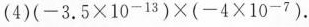
(4)$$( - 3 . 5 × 1 0 ^ { - 1 3 } ) × ( - 4 × 1 0 ^ { - 7 } )$$。